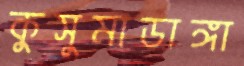
কুসুমাডাঙ্গা